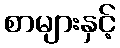
စာများနှင့်